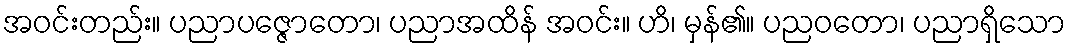
အဝင်းတည်း။ ပညာပဇ္ဇောတော၊ ပညာအထိန် အဝင်း။ ဟိ၊ မှန်၏။ ပညဝတော၊ ပညာရှိသော